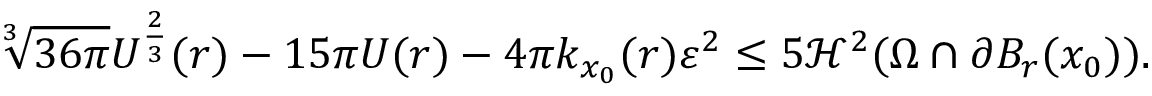
\sqrt [ 3 ] { 3 6 \pi } U ^ { \frac { 2 } { 3 } } ( r ) - 1 5 \pi U ( r ) - 4 \pi k _ { x _ { 0 } } ( r ) \varepsilon ^ { 2 } \leq 5 \mathcal { H } ^ { 2 } ( \Omega \cap \partial B _ { r } ( x _ { 0 } ) ) .